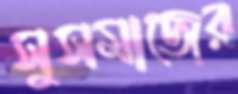
সুসমাজের